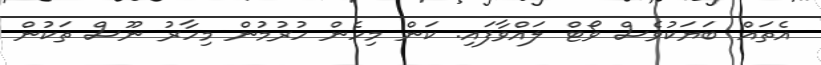
އެތައް ބަޔަކުވެސް ވޯޓް ލައްވާފައި. ކަން މިހެން ހުރުމުން މިހާރު ނޫސް ތަކުން